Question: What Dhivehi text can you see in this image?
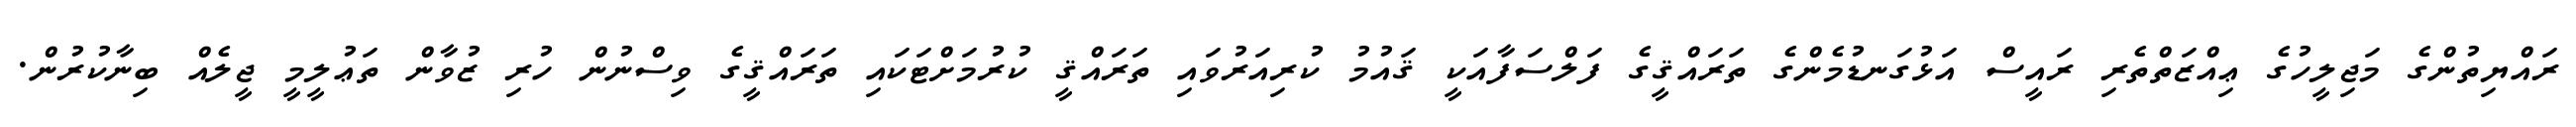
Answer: ރައްޔިތުންގެ މަޖިލީހުގެ ޢިއްޒަތްތެރި ރައީސް އަޅުގަނޑުމެންގެ ތަރައްޤީގެ ފަލްސަފާއަކީ ޤައުމު ކުރިއަރުވައި ތަރައްޤީ ކުރުމަށްޓަކައި ތަރައްޤީގެ ވިސްނުން ހުރި ޒުވާން ތަޢުލީމީ ޖީލެއް ބިނާކުރުން.